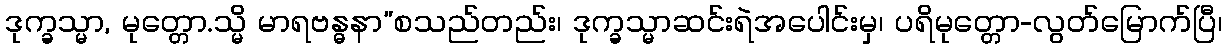
ဒုက္ခသ္မာ, မုတ္တော.သ္မိ မာရဗန္ဓနာ”စသည်တည်း၊ ဒုက္ခသ္မာဆင်းရဲအပေါင်းမှ၊ ပရိမုတ္တော-လွတ်မြောက်ပြီ၊